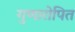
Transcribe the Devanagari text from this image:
गुणारोपित